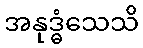
အနုဒ္ဓံသေသိ